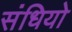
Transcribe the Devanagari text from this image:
संधियो